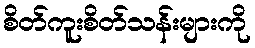
စိတ်ကူးစိတ်သန်းများကို